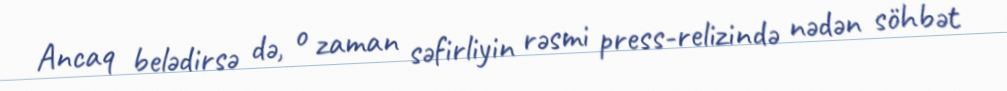
Ancaq belədirsə də, o zaman səfirliyin rəsmi press-relizində nədən söhbət